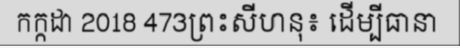
កក្កដា 2018 473ព្រះសីហនុ៖ ដើម្បីធានា